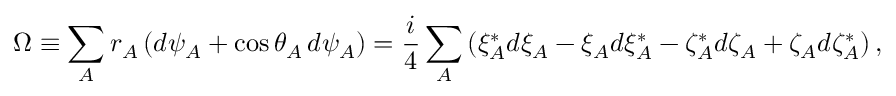
\Omega \equiv \sum _ { A } r _ { A } \, ( d \psi _ { A } + \cos \theta _ { A } \, d \psi _ { A } ) = \frac { i } { 4 } \sum _ { A } \left( \xi _ { A } ^ { * } d \xi _ { A } - \xi _ { A } d \xi _ { A } ^ { * } - \zeta _ { A } ^ { * } d \zeta _ { A } + \zeta _ { A } d \zeta _ { A } ^ { * } \right) ,